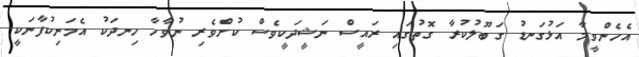
އެހެންވީމާ އަޅުގަނޑު ގަބޫލުކުރާ ގޮތުގައި ރައީސް ނަޝީދަކީވެސް ކުށްވެރި ނުވާހާ ހިނދަކު އެމަނިކުފާނަކީ